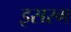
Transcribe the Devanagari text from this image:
इसरग